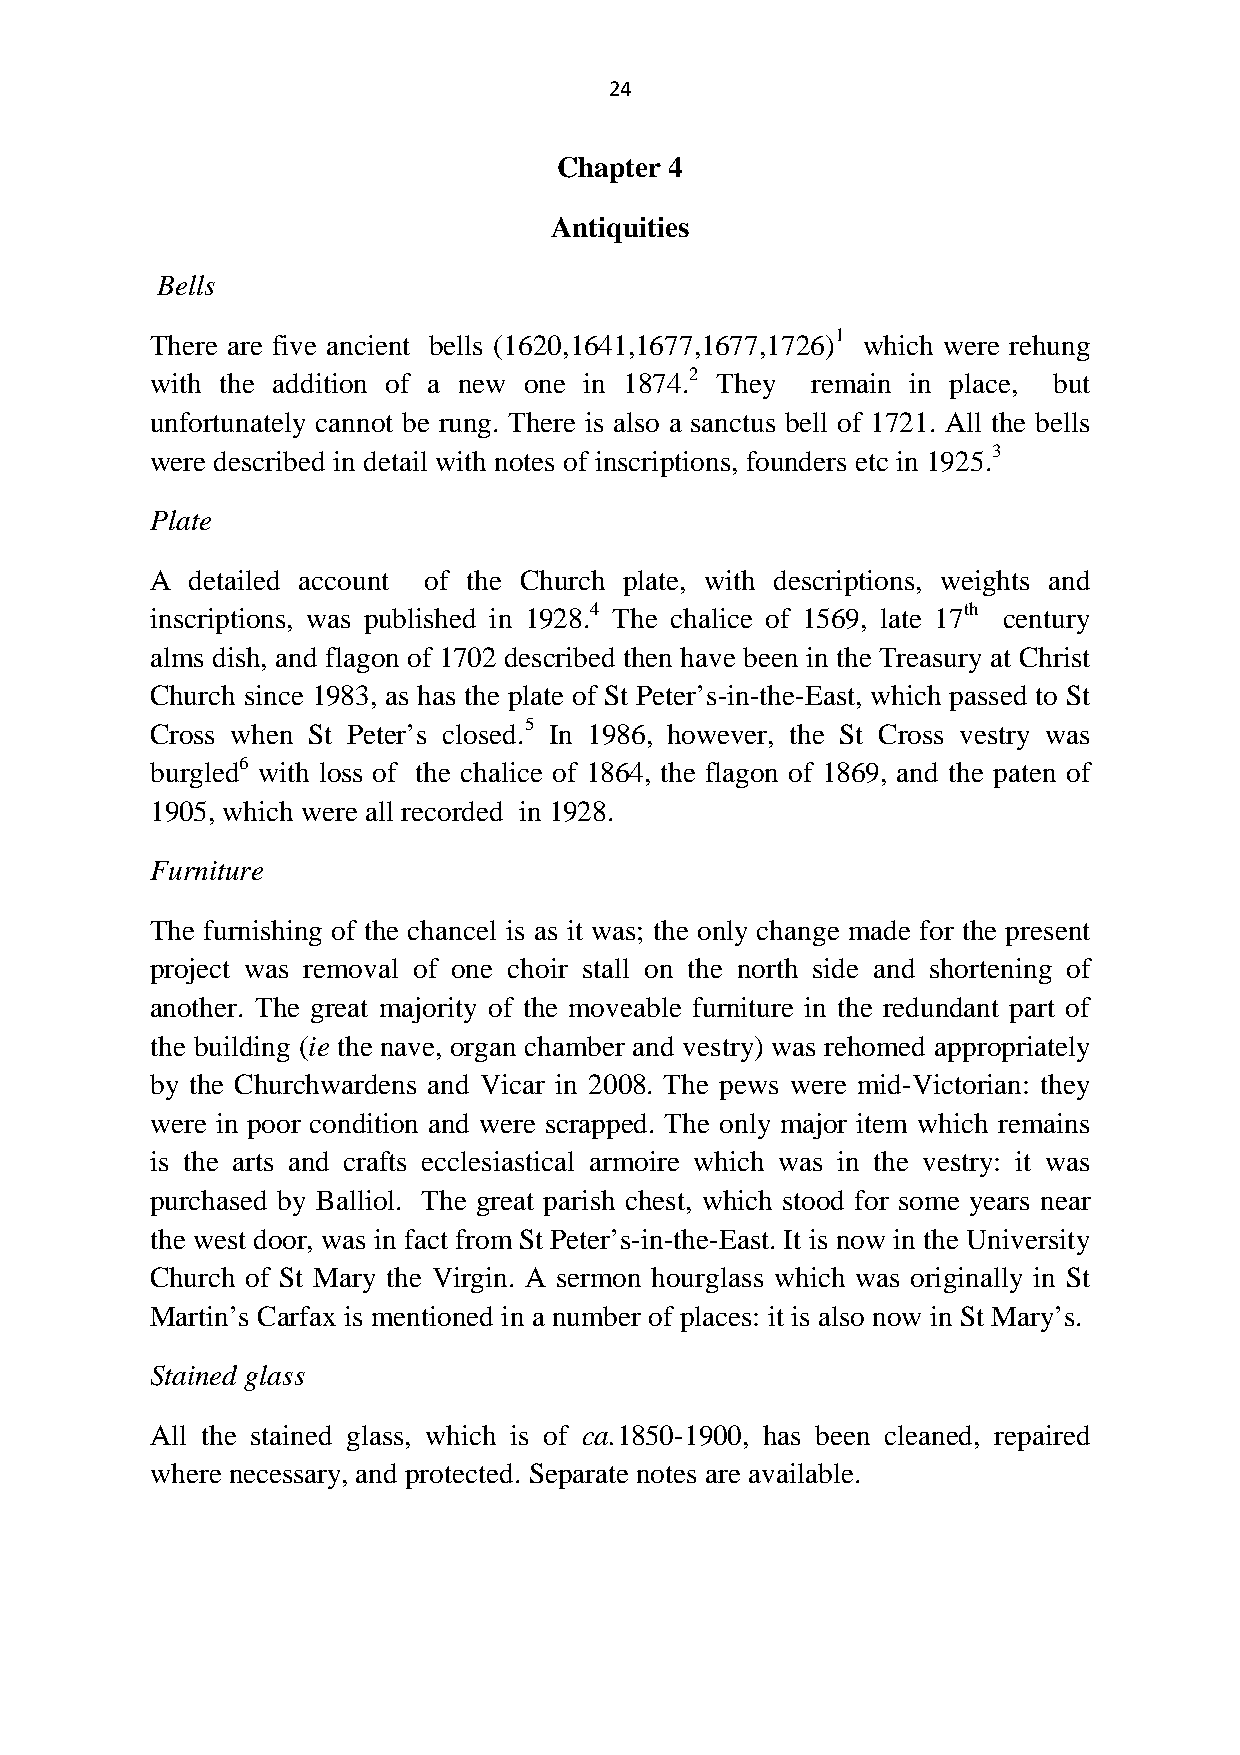
24
 Chapter 4
 Antiquities
 Bells
 There are five ancient bells (1620,1641,1677,1677,1726)1 which were rehung
 with the addition of a new one in 1874.2 They remain in place, but
 unfortunately cannot be rung. There is also a sanctus bell of 1721. All the bells
 were described in detail with notes of inscriptions, founders etc in 1925.3
 Plate
 A detailed account of the Church plate, with descriptions, weights and
 inscriptions, was published in 1928.4 The chalice of 1569, late 17th century
 alms dish, and flagon of 1702 described then have been in the Treasury at Christ
 Church since 1983, as has the plate of St Peter’s-in-the-East, which passed to St
 Cross when St Peter’s closed.5 In 1986, however, the St Cross vestry was
 burgled6 with loss of the chalice of 1864, the flagon of 1869, and the paten of
 1905, which were all recorded in 1928.
 Furniture
 The furnishing of the chancel is as it was; the only change made for the present
 project was removal of one choir stall on the north side and shortening of
 another. The great majority of the moveable furniture in the redundant part of
 the building (ie the nave, organ chamber and vestry) was rehomed appropriately
 by the Churchwardens and Vicar in 2008. The pews were mid-Victorian: they
 were in poor condition and were scrapped. The only major item which remains
 is the arts and crafts ecclesiastical armoire which was in the vestry: it was
 purchased by Balliol. The great parish chest, which stood for some years near
 the west door, was in fact from St Peter’s-in-the-East. It is now in the University
 Church of St Mary the Virgin. A sermon hourglass which was originally in St
 Martin’s Carfax is mentioned in a number of places: it is also now in St Mary’s.
 Stained glass
 All the stained glass, which is of ca.1850-1900, has been cleaned, repaired
 where necessary, and protected. Separate notes are available.